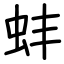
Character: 蚌